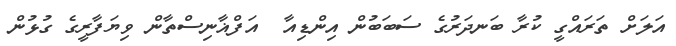
އަލަށް ތަރައްގީ ކުރާ ބަނދަރުގެ ސަބަބުން އިންޑިއާ  އަފްޣާނިސްތާން ވިޔަފާރީގެ ގުޅުން